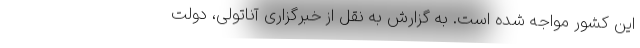
این کشور مواجه شده است. به گزارش به نقل از خبرگزاری آناتولی، دولت